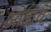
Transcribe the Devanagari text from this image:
ओढावं